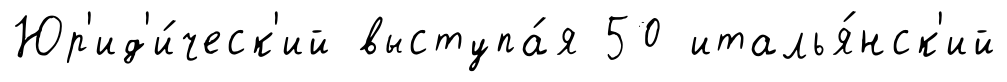
Юр'ид'и́ческ'ий выступа́я 50 италья́нск'ий